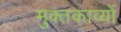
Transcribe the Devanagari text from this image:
मुक्तकाव्यों